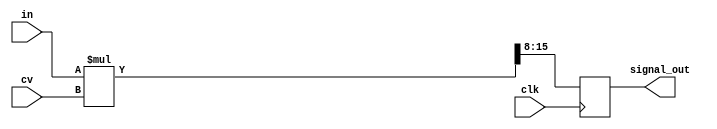
module vca8(clk, in, cv, signal_out);

input wire clk;
input wire [7:0] in, cv;
output reg [7:0] signal_out;
reg [15:0] result;

always @(posedge clk)
begin
  result = in * cv;
  signal_out = result[15:8];
end

endmodule